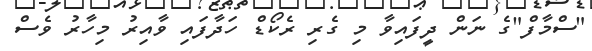
"ސްމާފް"ގެ ނަން ދީފައިވާ މި ގެރި ރެކޯޑް ހަދާފައި ވާއިރު މިހާރު ވެސް